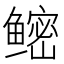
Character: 鿹